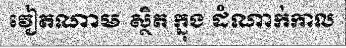
វៀតណាម ស្ថិត ក្នុង ដំណាក់កាល